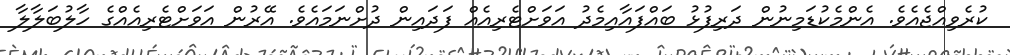
ކުރެވިއްޖެއެވެ. އެންމެކުޑަމިނުން ދަރިފުޅު ބައްފައާއިމެދު އަވަށްޓެރިއެއް ފަދައިން ދުށްނަމައެވެ. އޭރުން އަވަށްޓެރިއެއްގެ ހާލުބަލާލާ